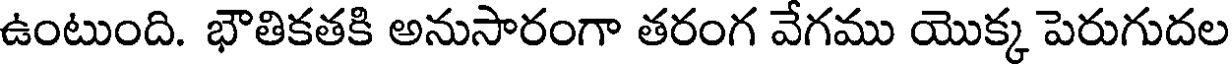
ఉంటుంది. భౌతికతకి అనుసారంగా తరంగ వేగము యొక్క పెరుగుదల